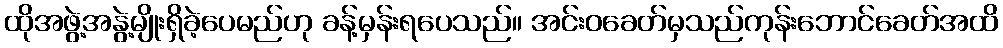
ထိုအဖွဲ့အနွဲ့မျိုးရှိခဲ့ပေမည်ဟု ခန့်မှန်းရပေသည်။ အင်းဝခေတ်မှသည်ကုန်းဘောင်ခေတ်အထိ